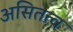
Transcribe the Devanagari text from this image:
असितत्त्व